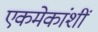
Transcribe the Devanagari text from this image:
एकमेकांशीं